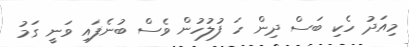
މިއަދު ހެކި ބަސް ދިން ހަ ފުލުހުން ވެސް ބުނެފައި ވަނީ ގަމު